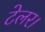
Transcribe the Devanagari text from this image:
टेलर।